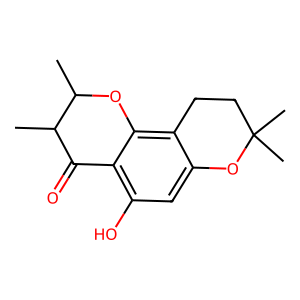
SMILES: CC1Oc2c3c(cc(O)c2C(=O)C1C)OC(C)(C)CC3
Inhibits HIV replication: No